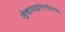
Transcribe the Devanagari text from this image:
खेचण्याद्वारेगर्भावस्था